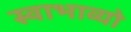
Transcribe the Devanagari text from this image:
स्वाभाव्यो